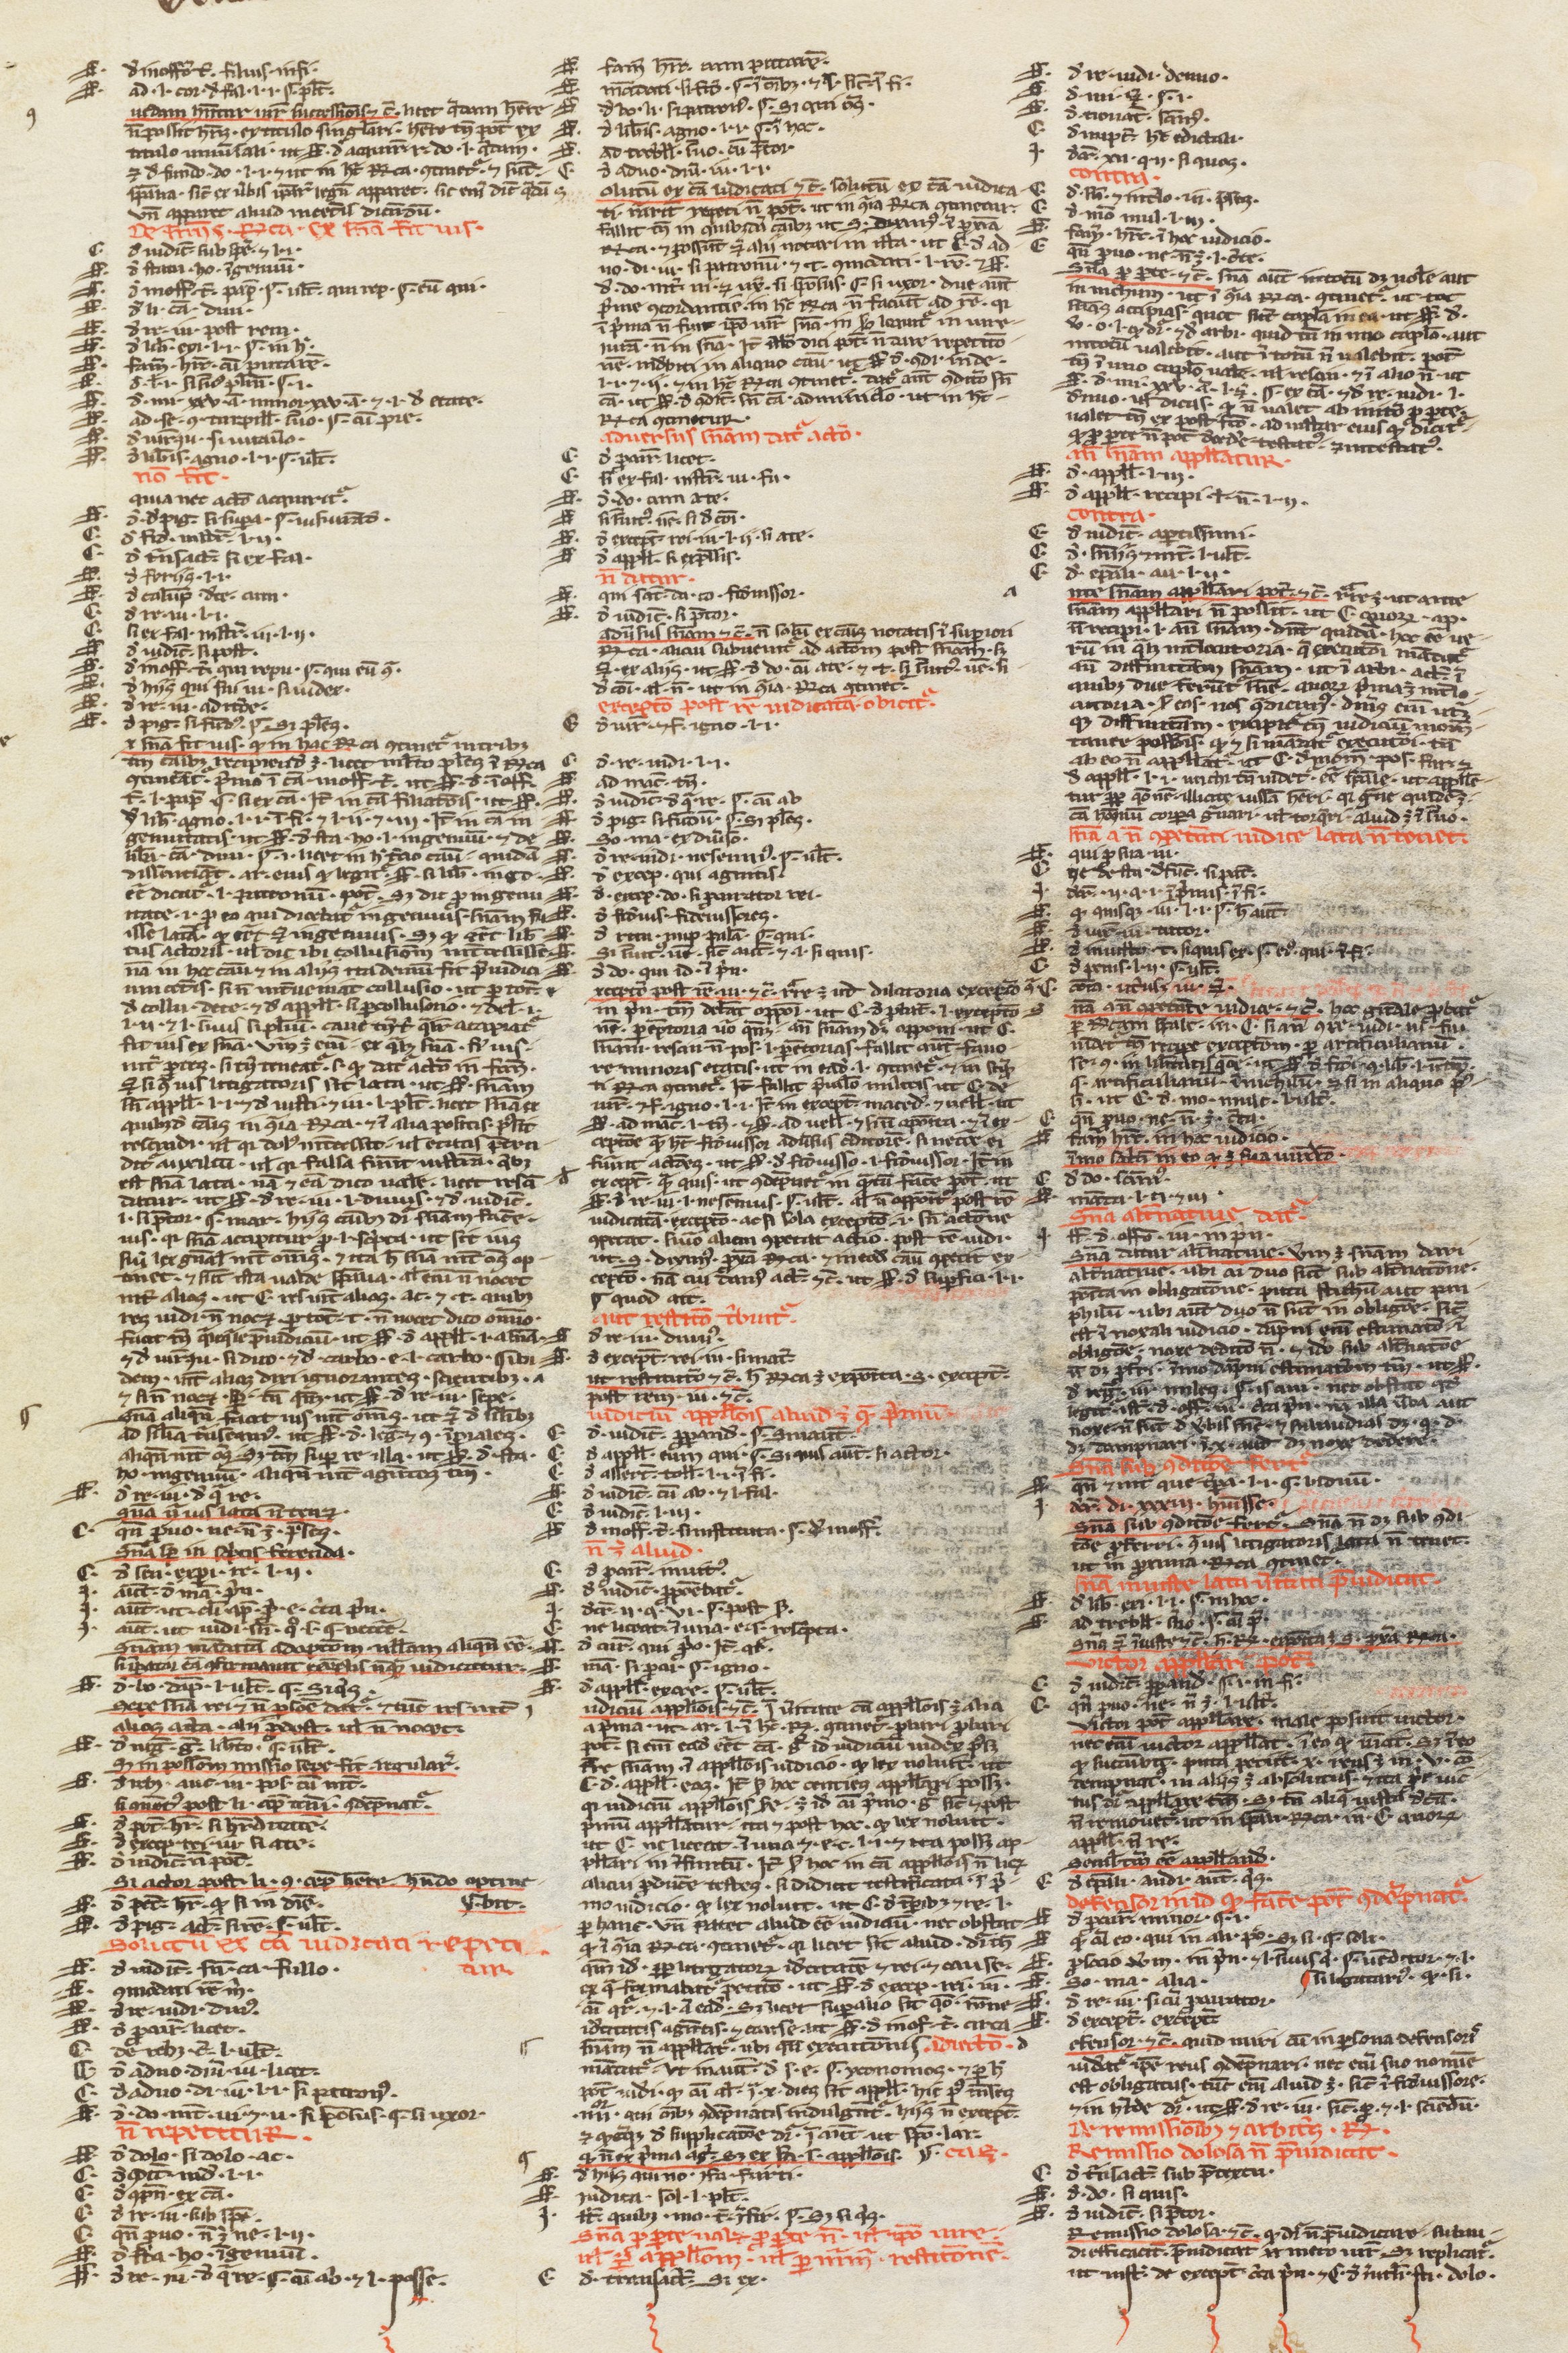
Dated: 1200–1224